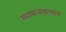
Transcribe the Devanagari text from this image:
खडकवासल्याचे